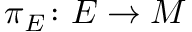
\pi _ { E } \colon E \to M